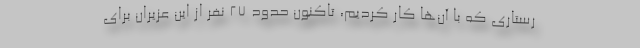
رستاری که با آن‌ها کار کردیم، تاکنون حدود ۲۷ نفر از این عزیران برای